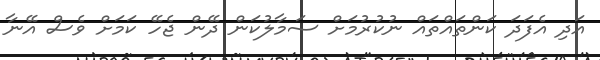
އަދި އެފަދަ ކަންތައްތައް ނުކުރުމަށް ސަމާލުކަން ދޭން ޖެހޭ ކަމަށް ވެސް އޭނާ